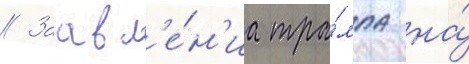
// Заавл'е́н'иа тра́мпа на́